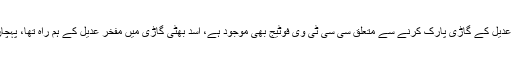
پولیس کے مطابق مفخر عدیل کے گاڑی پارک کرنے سے متعلق سی سی ٹی وی فوٹیج بھی موجود ہے، اسد بھٹی گاڑی میں مفخر عدیل کے ہم راہ تھا، پہچان کر حراست میں لیا گیا۔